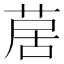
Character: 𦱅